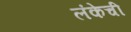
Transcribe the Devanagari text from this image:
लंकेची